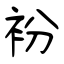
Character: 衯